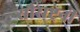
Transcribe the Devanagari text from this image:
सौराष्ट्रनी